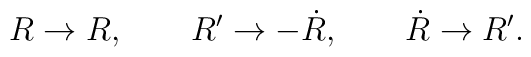
R\rightarrow R, \qquad R^{\prime}\rightarrow{-\dot R}, \qquad {\dot R}\rightarrow R^{\prime}.